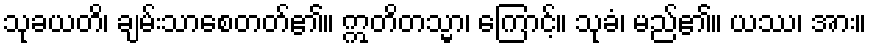
သုခယတိ၊ ချမ်းသာစေတတ်၏။ ဣတိတသ္မာ၊ ကြောင့်။ သုခံ၊ မည်၏။ ယဿ၊ အား။